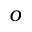
o